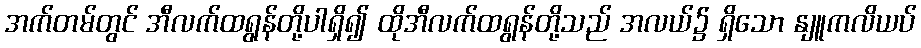
အက်တမ်တွင် အီလက်ထရွန်တို့ပါရှိ၍ ထိုအီလက်ထရွန်တို့သည် အလယ်၌ ရှိသော နျူကလိယပ်